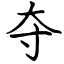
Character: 夺